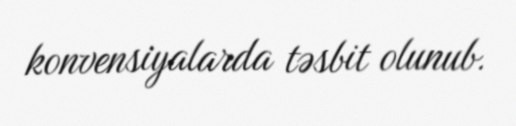
konvensiyalarda təsbit olunub.